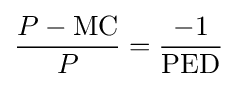
{\frac {P-{\text{MC}}}{P}}={\frac {-1}{\text{PED}}}